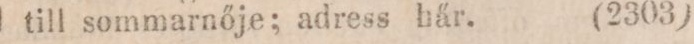
till sommarnője: adress här.    (2303)